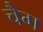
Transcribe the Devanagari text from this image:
चैग